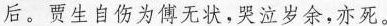
后。贾生自伤为傅无状，哭泣岁余，亦死。